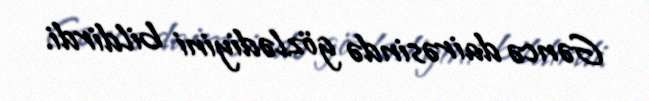
Gəncə dairəsində gözlədiyini bildirdi.